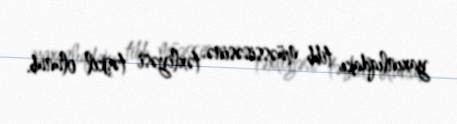
yaxınlıqdakı tibb müəssisəsinə təxliyəsi təşkil olunub.